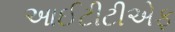
આઈટીટીએફ